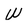
Character: W